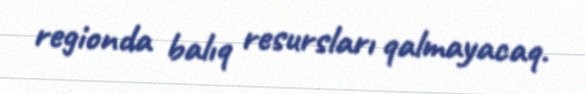
regionda balıq resursları qalmayacaq.